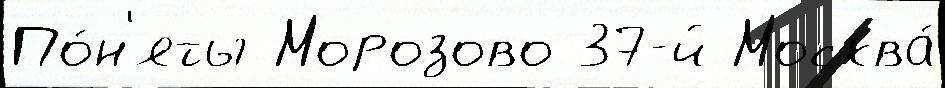
По́н'яты Морозово 37-й Москва́